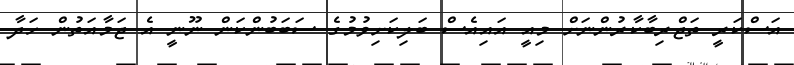
އަސްކަރީ ތަޖްރިބާކާރުންނަށް މިއީ އައިއެސް ބަލިކަށިވުމުގެ ސަބަބުންކަން ނޫނީ އެ ޖަމާއަތުން ހަދާ